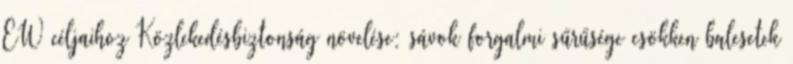
EW céljaihoz Közlekedésbiztonság növelése: sávok forgalmi sűrűsége csökken balesetek